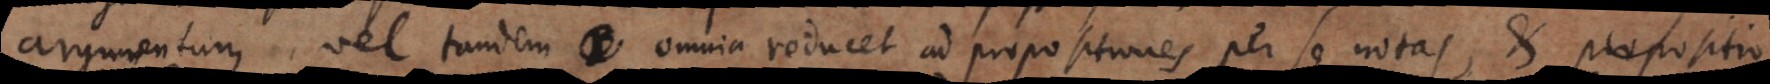
argumentum vel tandem omnia reducet ad propositiones per se notas, et propositio